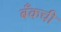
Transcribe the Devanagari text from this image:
बँकची